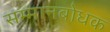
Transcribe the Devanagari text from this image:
सम्मानबोधक